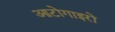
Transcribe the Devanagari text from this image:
आटोगाइरो